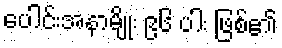
ပေါင်းအနာမျိုး ၉၆ ပါး ဖြစ်၏